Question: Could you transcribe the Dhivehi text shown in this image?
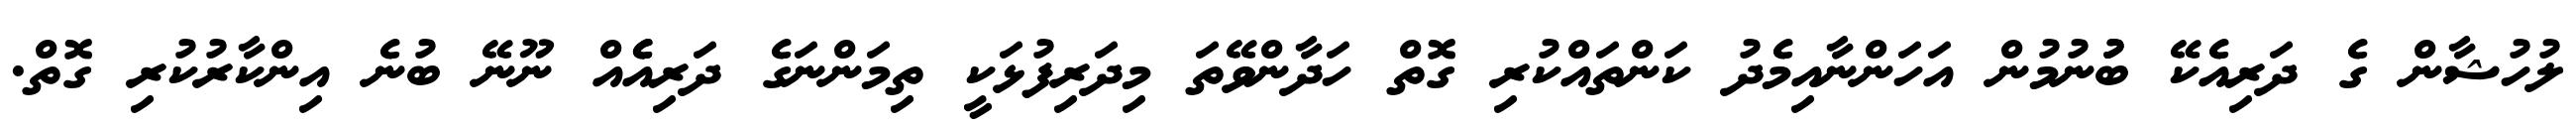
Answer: ލުހުޝާން ގެ ދަރިއެކޭ ބުުނުމުން އަހަންނާއިމެދު ކަންތައްކުރި ގޮތް ހަދާންވޭތަ މިދަރިފުޅަކީ ތިމަންނަގެ ދަރިއެެއް ނޫނޭ ބުނެ އިންކާރުކުރި ގޮތް.